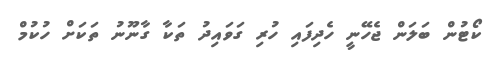
ކޯޓުން ބަލަން ޖެހޭނީ ހެދިފައި ހުރި ގަވައިދު ތަކާ ގާނޫނު ތަކަށް ހުކުމް